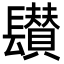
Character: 𨲽